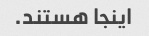
اینجا هستند.